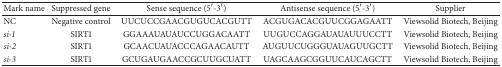
<table><thead><tr><td><b>Mark name</b></td><td><b>Suppressed gene</b></td><td><b>Sense sequence (5′-3′)</b></td><td><b>Antisense sequence (5′-3′)</b></td><td><b>Supplier</b></td></tr></thead><tbody><tr><td>NC</td><td>Negative control</td><td>UUCUCCGAACGUGUCACGUTT</td><td>ACGUGACACGUUCGGAGAATT</td><td>Viewsolid Biotech, Beijing</td></tr><tr><td><i>si-1</i></td><td>SIRT1</td><td>GGAAAUAUAUCCUGGACAATT</td><td>UUGUCCAGGAUAUAUUUCCTT</td><td>Viewsolid Biotech, Beijing</td></tr><tr><td><i>si-2</i></td><td>SIRT1</td><td>GCAACUAUACCCAGAACAUTT</td><td>AUGUUCUGGGUAUAGUUGCTT</td><td>Viewsolid Biotech, Beijing</td></tr><tr><td><i>si-3</i></td><td>SIRT1</td><td>GCUGAUGAACCGCUUGCUATT</td><td>UAGCAAGCGGUUCAUCAGCTT</td><td>Viewsolid Biotech, Beijing</td></tr></tbody></table>